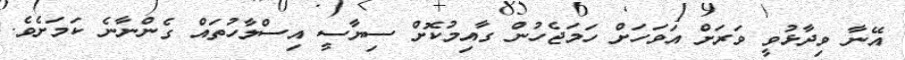
އޭނާ ވިދާޅުވީ ވަރަށް އަވަހަށް ހަމަޖެހުން ގާއިމުކޮށް ސިޔާސީ އިސްލާހުތައް ގެންނާނެ ކަމަށެވެ.